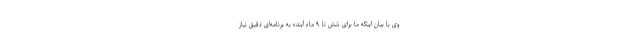
وی با بیان اینکه ما برای شش تا ۹ ماه آینده به برنامه‌ای دقیق نیاز